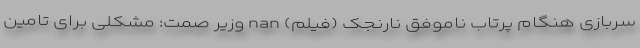
سربازی هنگام پرتاب ناموفق نارنجک (فیلم) nan وزیر صمت: مشکلی برای تامین